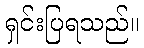
ရှင်းပြရသည်။